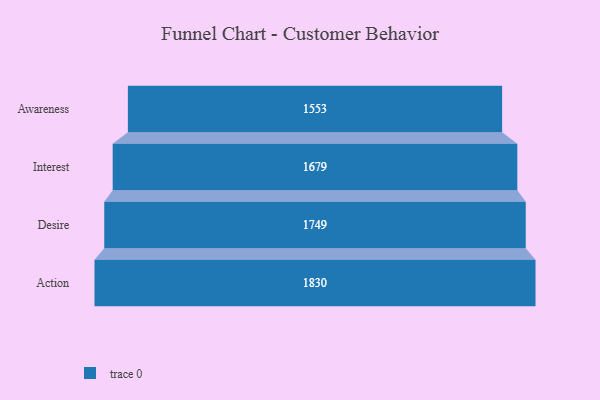
{"axis": {"x": "Stage", "y": "Value"}, "legend": [""], "data": [{"x": "Awareness", "y": 1553.0, "type": ""}, {"x": "Interest", "y": 1679.0, "type": ""}, {"x": "Desire", "y": 1749.0, "type": ""}, {"x": "Action", "y": 1830.0, "type": ""}]}